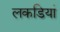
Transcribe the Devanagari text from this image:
लकडियां